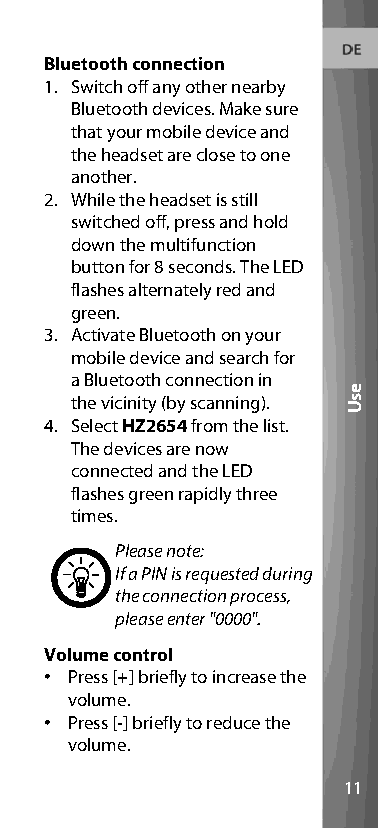
Bluetooth connection
 1. Switch off any other nearby
 Bluetooth devices. Make sure
 that your mobile device and
 the headset are close to one
 another.
 2. While the headset is still
 switched off, press and hold
 down the multifunction
 button for 8 seconds. The LED
 flashes alternately red and
 green.
 3. Activate Bluetooth on your
 mobile device and search for
 a Bluetooth connection in
 the vicinity (by scanning).
 4. Select HZ2654 from the list.
 The devices are now
 connected and the LED
 flashes green rapidly three
 times.
 Please note:
 If a PIN is requested during
 the connection process,
 please enter "0000".
 Volume control
 • Press [+] briefly to increase the
 volume.
 • Press [-] briefly to reduce the
 volume.
 11
 esU